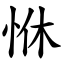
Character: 恘